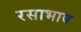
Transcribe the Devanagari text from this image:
रसाभाव